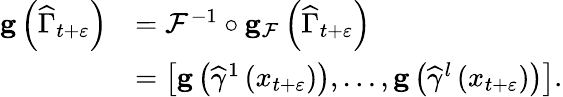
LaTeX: \begin{array}{rl}{\mathbf{g}\left(\widehat{\Gamma}_{t+\varepsilon}\right)}&{=\mathcal{F}^{-1}\circ\mathbf{g}_{\mathcal{F}}\left(\widehat{\Gamma}_{t+\varepsilon}\right)}\\ &{=\left[\mathbf{g}\left(\widehat{\gamma}^{1}\left(x_{t+\varepsilon}\right)\right),\ldots,\mathbf{g}\left(\widehat{\gamma}^{l}\left(x_{t+\varepsilon}\right)\right)\right].}\end{array}